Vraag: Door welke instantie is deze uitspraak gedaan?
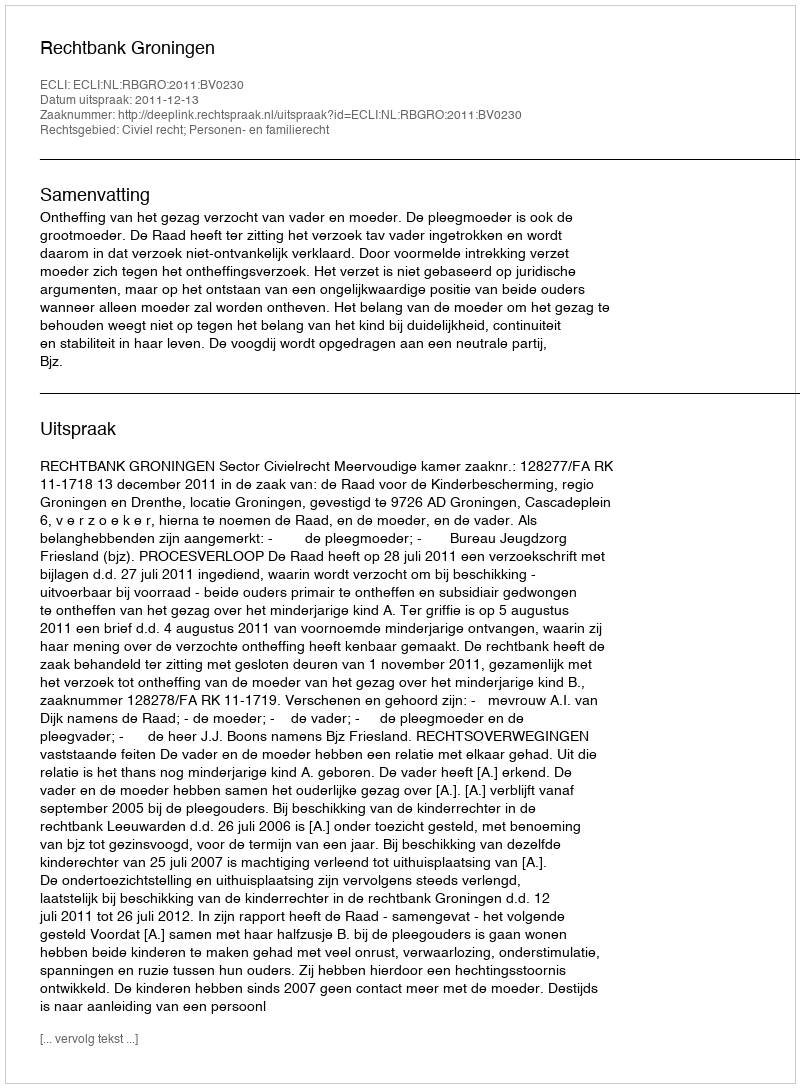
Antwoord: Rechtbank Groningen